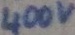
Text: 400v